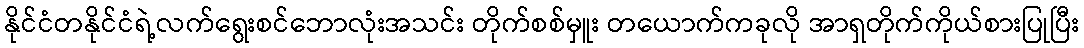
နိုင်ငံတနိုင်ငံရဲ့လက်ရွေးစင်ဘောလုံးအသင်း တိုက်စစ်မှူး တယောက်ကခုလို အာရှတိုက်ကိုယ်စားပြုပြီး